Vaccination returns of the Province of Eastern Bengal and Assam - 1905-1912
Year: 1905
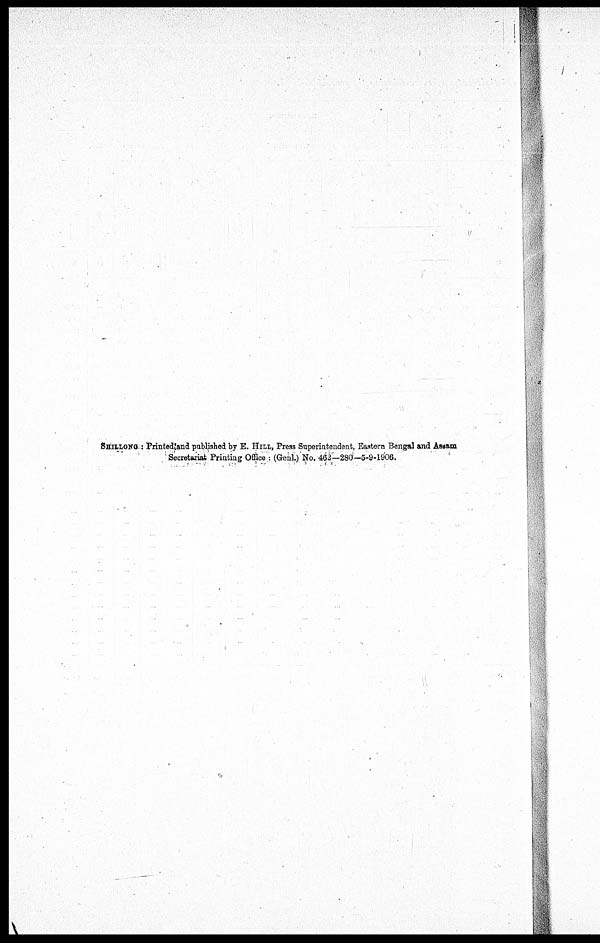
SHILLONG : Printed and published by E. HILL, Press Superintendent, Eastern Bengal and Assam
Secretariat Printing Office : (Genl.) No. 462—280—5-9-1906.